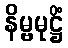
နိမ္ဗမုဋ္ဌိံ